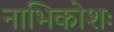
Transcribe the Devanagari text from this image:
नाभिकोशः